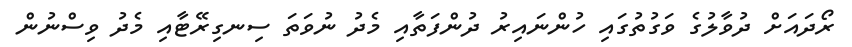
ރޯދައަށް ދުވާލުގެ ވަގުތުގައި ހުންނައިރު ދުންފަތާއި މެދު ނުވަތަ ސިނގިރޭޓާއި މެދު ވިސްނުން